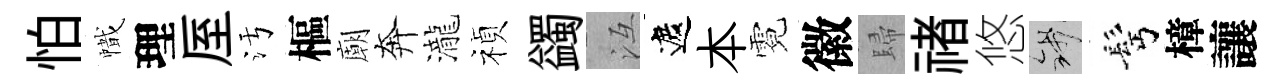
怕幟理厔污樞廟奔瀧禎蠲冱遮本霓徽歸禇悠錢髩樟讓